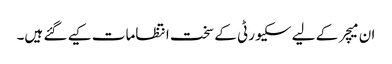
ان میچر کے لیے سکیورٹی کے سخت انتظامات کیے گئے ہیں۔